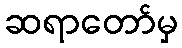
ဆရာတော်မှ